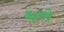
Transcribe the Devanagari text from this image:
भणे